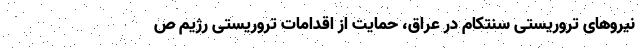
نیروهای تروریستی سنتکام در عراق، حمایت از اقدامات تروریستی رژیم ص